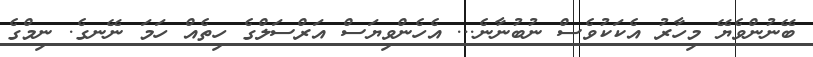
ބޭނުންވެޔޭ މިހާރު އެކަކުވެސް ނުބުނާނެ... އެހެންވިޔަސް އަރްސަލްގެ ހިތެއް ހަމަ ނޭނގެ. ނިމްގެ